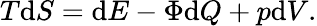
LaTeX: T\mathrm{d}S=\mathrm{d}E-\Phi\mathrm{d}Q+p\mathrm{d}V.